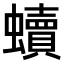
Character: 𧔖